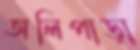
অলিপাড়া